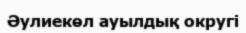
Әулиекөл ауылдық округі